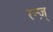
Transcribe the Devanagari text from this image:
रन्ज़्